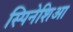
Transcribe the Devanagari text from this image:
स्पिनेशिआ